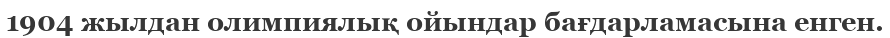
1904 жылдан олимпиялық ойындар бағдарламасына енген.